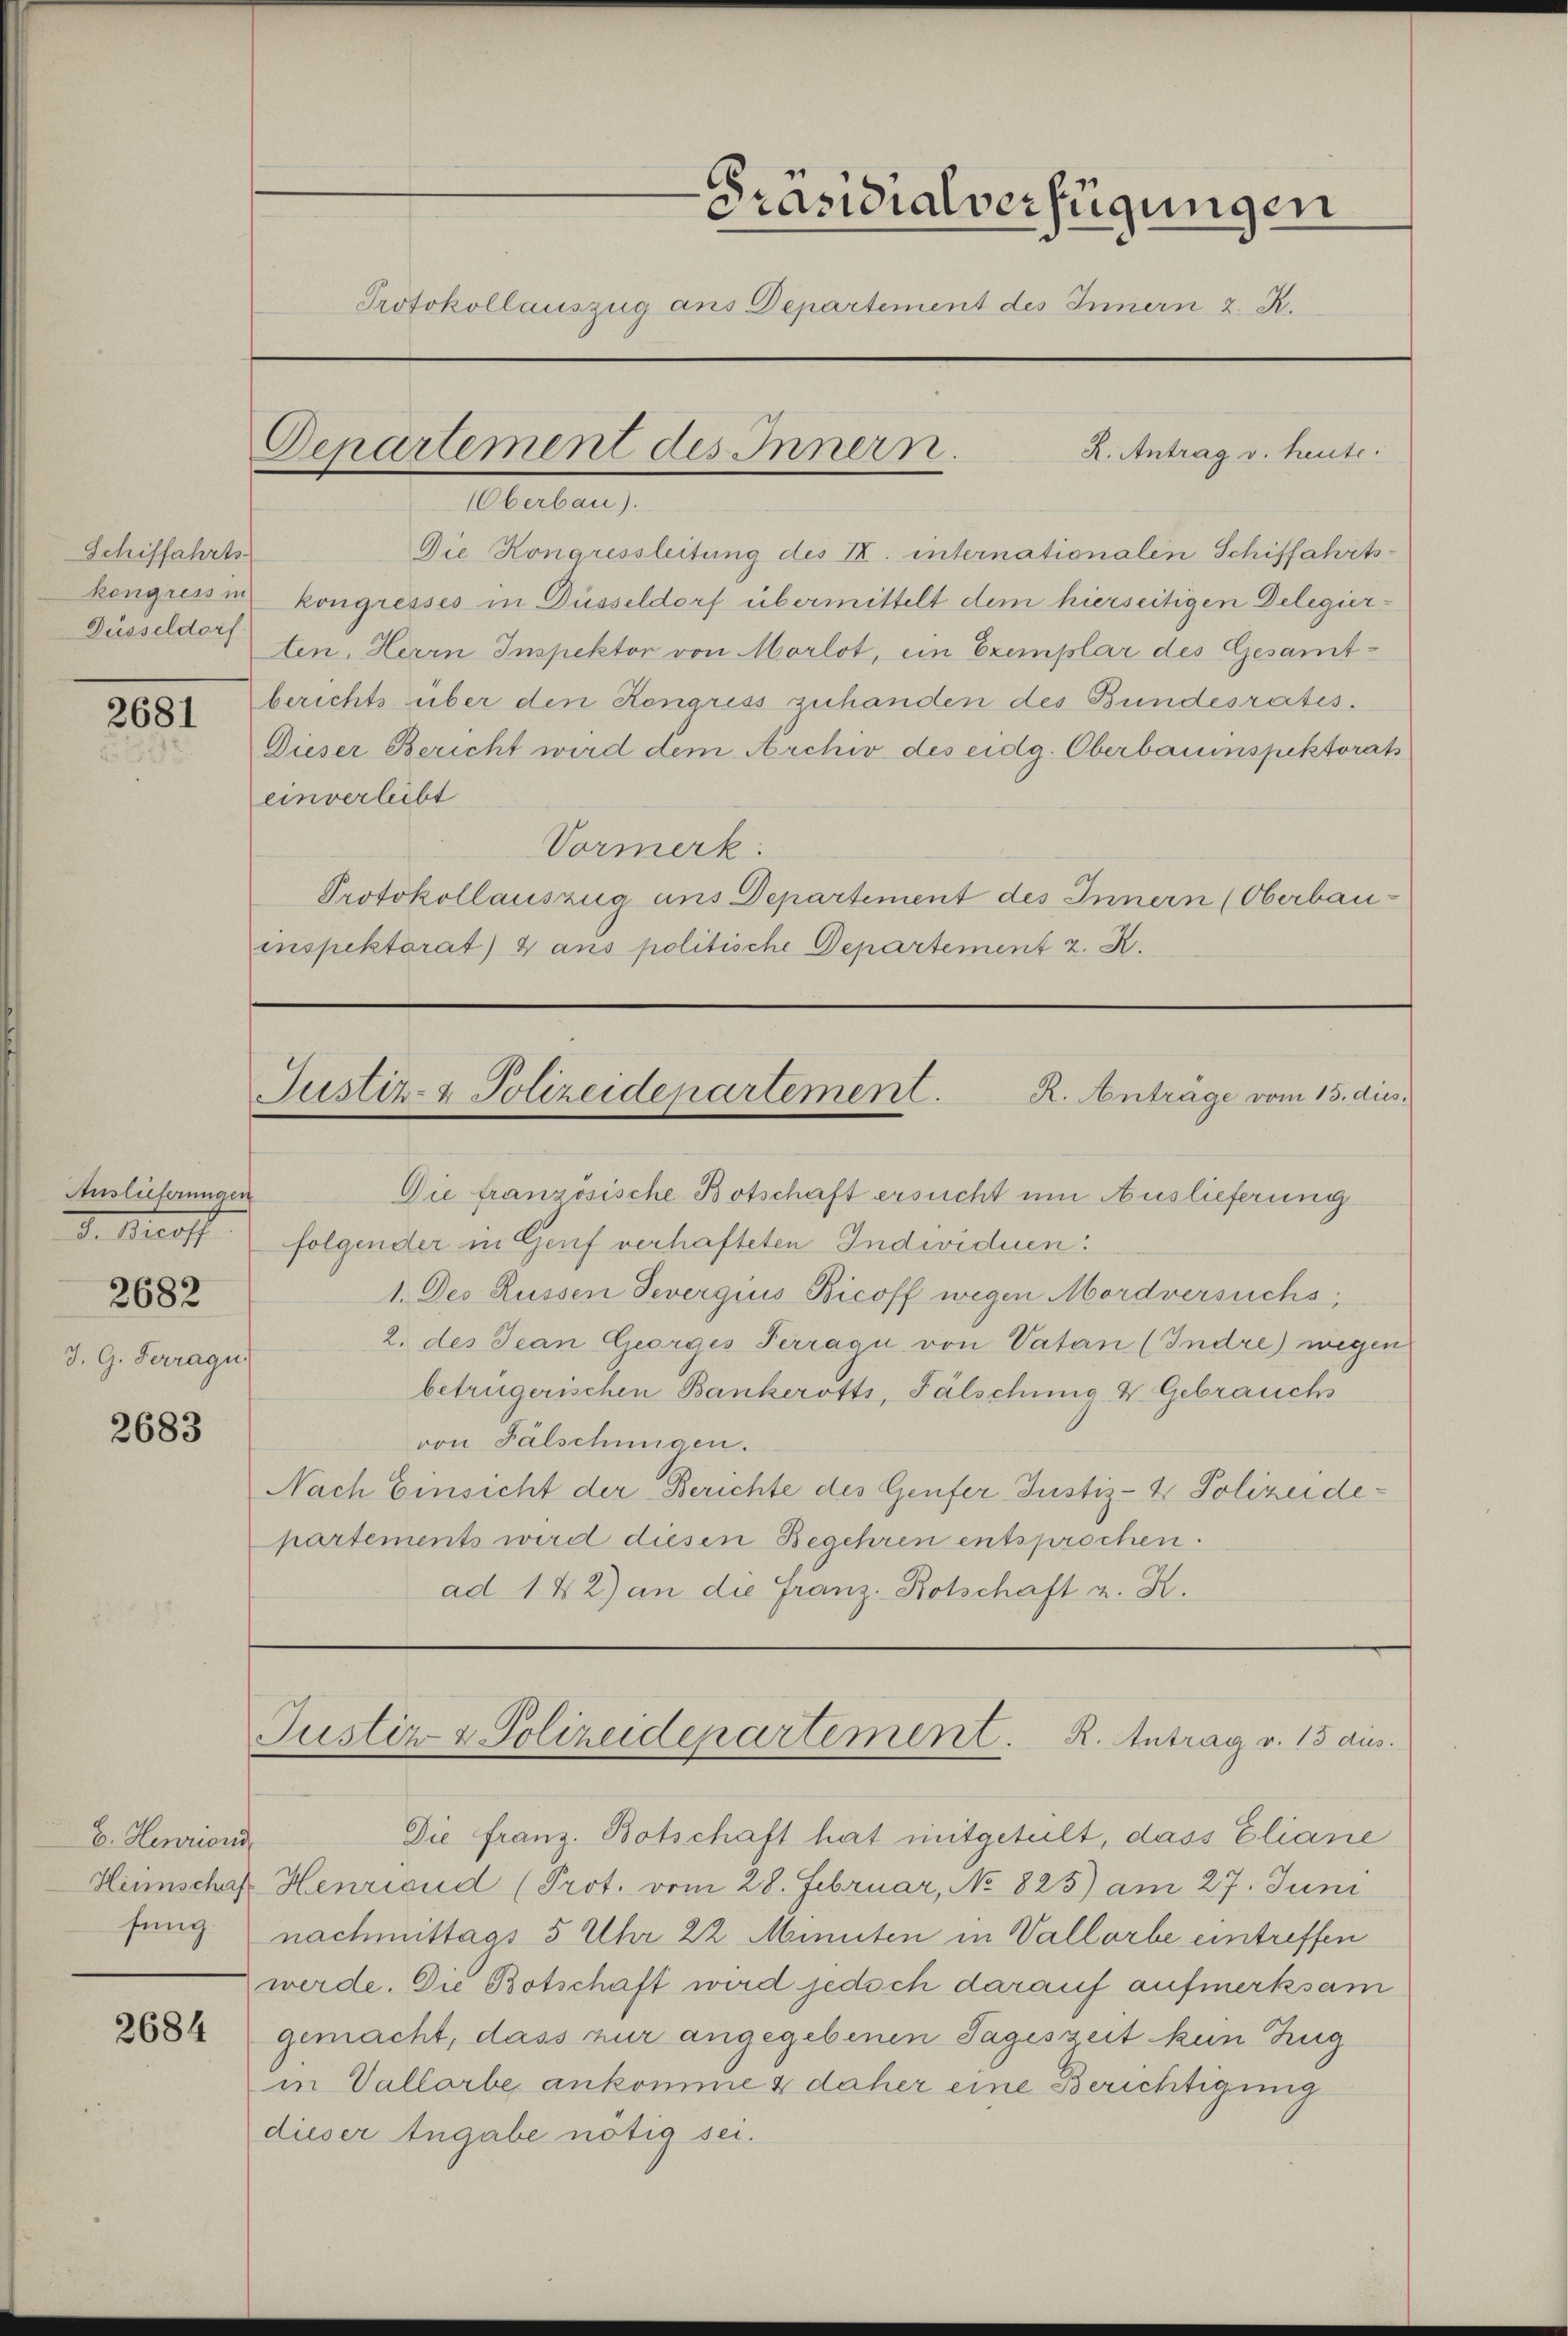
Schiffahrts
kongress in
Düsseldorf

2681

Auslieferungen
d. Kropf
2682
J. G. Ferragu

2683

b. Henriesi
Heimschaft

2684

Oberbau).

Die Kongressleitung des II. internationalen Schiffahrts-
kongresses in Düsseldorf übermittelt dem hierseitigen Delegierten, Herrn Inspektor von Morlot, ein Exemplar des Gesamtberichts über den Kongress zuhanden des Bundesrates.
Dieser Bericht wird dem Archiv des eidg. Oberbauinspektorats
einverleibt
Vormerk:
Protokollauszug aus Departement des Innern (Oberbauinspektorat) & aus politische Departement z. R.

Präsidialverfügungen
Protokollauszug aus Departement des Innern z. R.
Departement des Innern.
R. Antrag v. heute.

Die französische Botschaft ersucht um Auslieferung
folgender in Genf verhafteten Individuen.
1. Des Rüssen Severgius Bicoff wegen Mordversuchs,
2. des Jean Chorges Perrage von Vatan (Indre) wegen
betrügerischen Bankerotts, Fälschung V. Gebrauchs
von Fälschungen.
Nach Einsicht der Berichte des Genfer Justiz- & Polizeidepartements wird diesen Begehren entsprochen.
ad 142) an die Franz- Botschaft z. K.

Justiz- & Polizeidepartement
R. Anträge vom 15. dies

Justiz & Polizeidepartement. R. Antrag v. 15 aus.

Die franz. Botschaft hat mitgeteilt, dass Eliane
Henricud (Prot. vom 28. Februar, No 825) am 27. Juni
fung nachmittags 5 Uhr 22. Minuten in Vallarbe eintreffen
werde. Die Botschaft wird jedoch darauf aufmerksam
gemacht, dass nur angegebenen Tageszeit kun Zug
in Vallarbe ankomme & daher eine Berichtigung
dieser Angabe nötig sei.